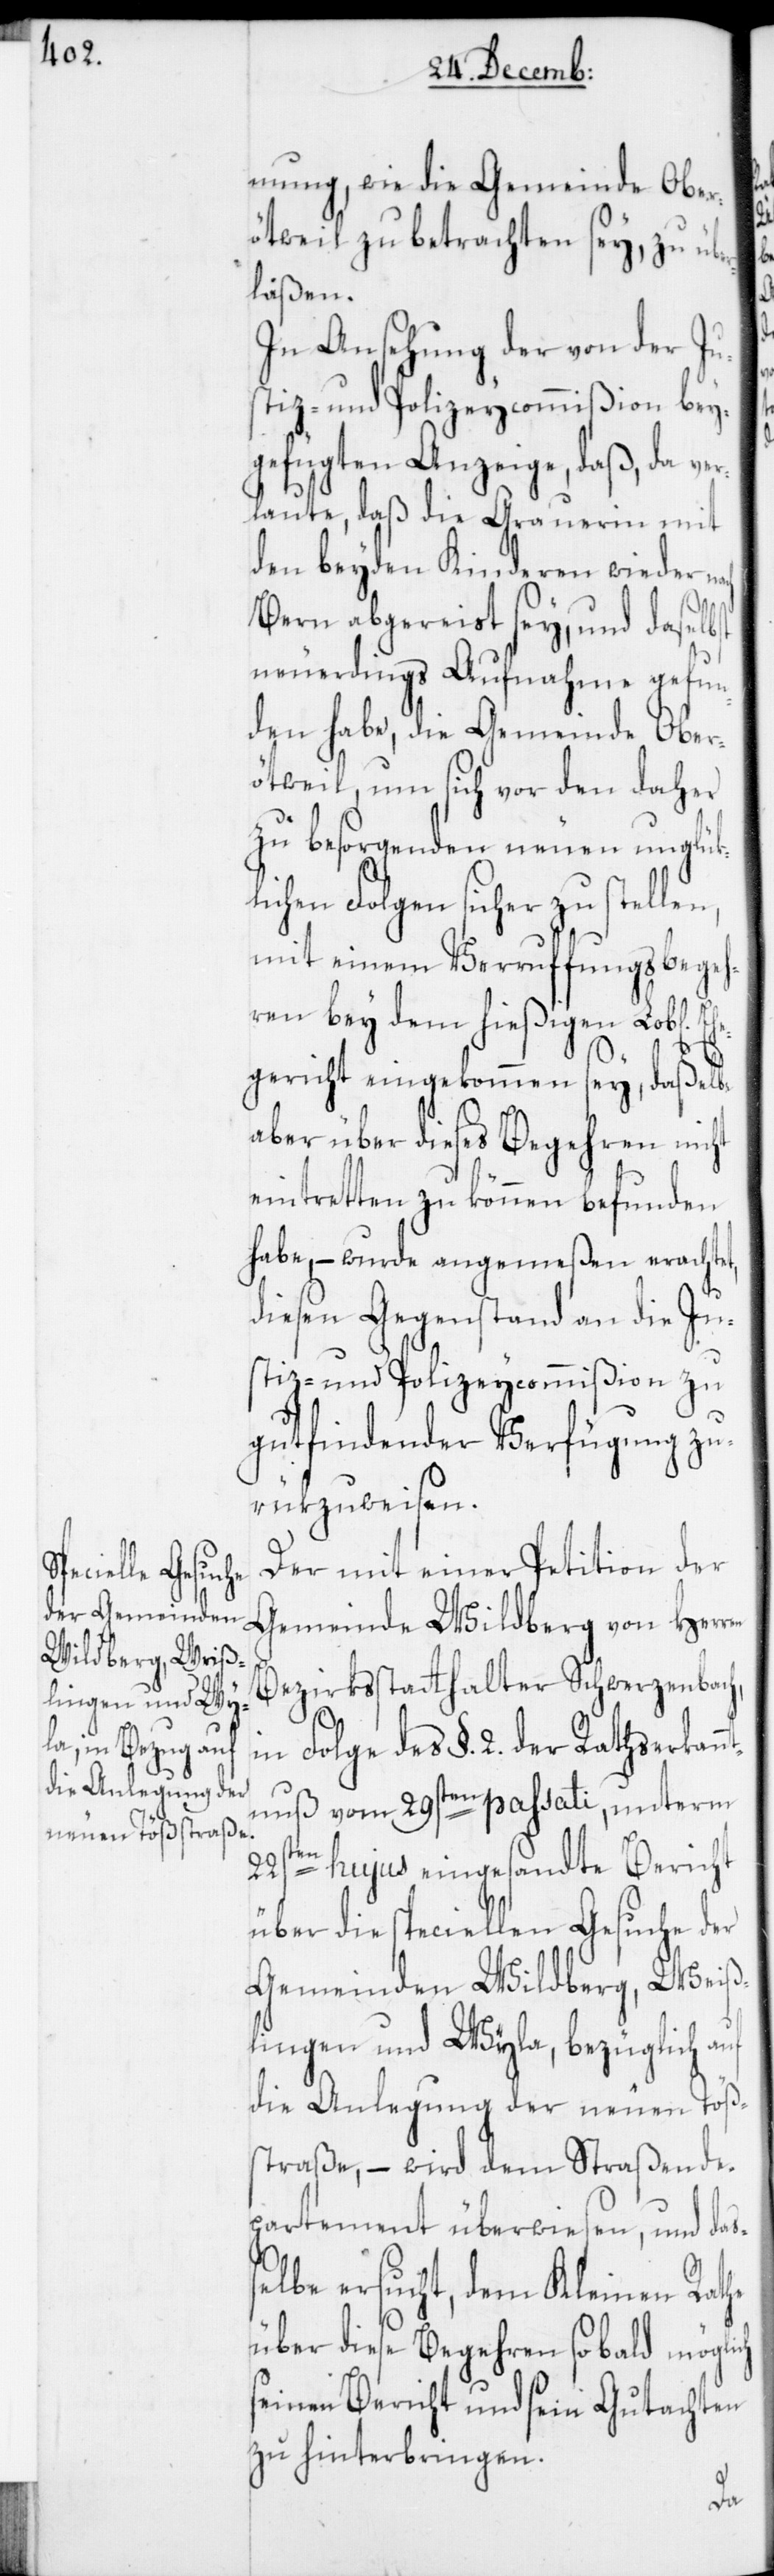
mung, wie die Gemeinde Ober¬
ötweil zu betrachten sey, zu übe¬
rlaßen.
In Ansehung der von der Ju¬
stiz- und Polizeycommißion bey¬
gefügten Anzeige, daß, da ver¬
laute, daß die Grauerin mit
den beyden Kinderen wieder na¬
ch
hen]
Bern abgereist sey, und daselbst
neuerdings Aufnahme gefun¬
den habe, die Gemeinde Ober¬
ötweil, um sich vor den daher
zu besorgenden neuen unglük¬
lichen Folgen sicher zu stellen,
mit einem Verruffungsbegeh¬
ren bey dem hießigen Lob[lic¬
egericht eingekommen sey, daßelbe
aber über dieses Begehren nicht
eintretten zu können befunden
habe, – wurde angemeßen erachtet,
diesen Gegenstand an die Ju¬
stiz- und Polizeycommißion zu
gutfindender Verfügung zu¬
rükzuweisen.
Der mit einer Petition der
Gemeinde Wildberg von Herren
Bezirksstatthalter Schwerzenbach,
in Folge des §. 2. der Rathserkann¬
tnuß vom 29sten passati, unterm
se¬
22sten hujus eingesandte Bericht
über die speciellen Gesuche der
Gemeinden Wildberg, Weiß¬
lingen und Wyla, bezüglich auf
die Anlegung der neuen Töß¬
straße, – wird dem Straßende¬
partement überwiesen, und das¬
lbe ersucht, dem Kleinen Rathe
über diese Begehren sobald möglich
seinen Bericht und sein Gutachten
zu hinterbringen.